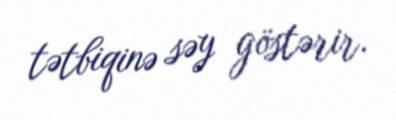
tətbiqinə səy göstərir.